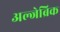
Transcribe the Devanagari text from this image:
अल्जेब्रिक